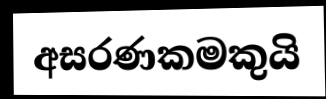
අසරණකමකුයි